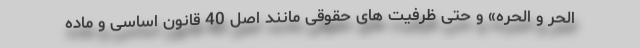
الحر و الحره» و حتی ظرفیت های حقوقی مانند اصل 40 قانون اساسی و ماده